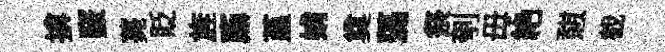
揜竅薧貶旌鼒堇姢奠藻祭刳毋絶憇截